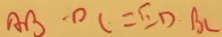
A B - D C = E D \cdot B C